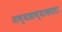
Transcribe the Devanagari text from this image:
अभ्यासण्याकरता